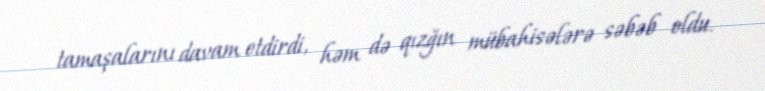
tamaşalarını davam etdirdi, həm də qızğın mübahisələrə səbəb oldu.